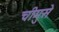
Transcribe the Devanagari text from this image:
चीमुसे